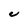
Character: C